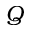
Q